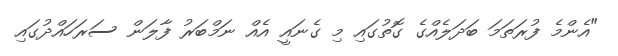
"އެންމެ ފުރަތަމަ ބަދަލެއްގެ ގޮތުގައި މި ގެނައީ އެއް ނަމްބަރު ފާލަން ސަރަހައްދުގައި